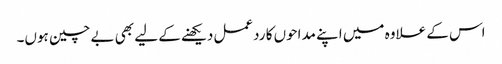
اس کے علاوہ میں اپنے مداحوں کا ردعمل دیکھنے کے لیے بھی بے چین ہوں۔